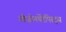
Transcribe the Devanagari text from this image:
ओज़ोनथेरेपिस्ट्स